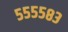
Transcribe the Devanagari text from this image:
५५५५८३